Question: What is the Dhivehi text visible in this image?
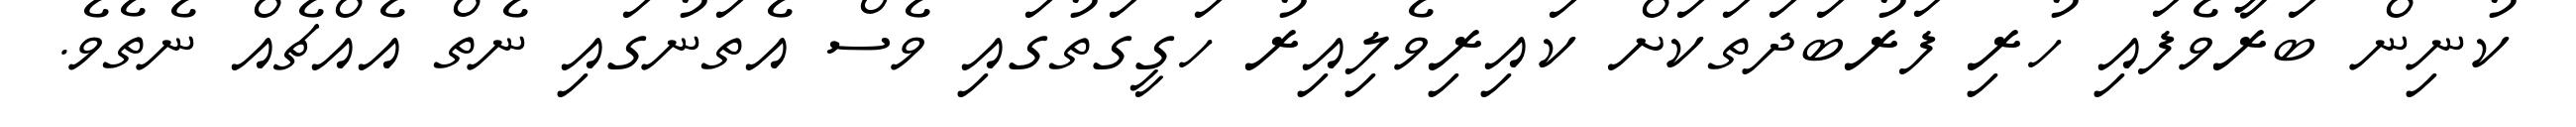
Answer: ކުނިން ބަރާވެފައި ހުރި ފަރުބަދަތަކަށް ކައިރިވެލިއިރު ހަގީގަތުގައި ވެސް އެތަނުގައި ނެތް އެއްޗެއް ނެތެވެ.